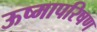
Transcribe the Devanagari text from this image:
ऊष्मापरिषण